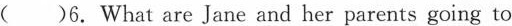
( )6.What are Jane and her parents going to